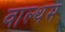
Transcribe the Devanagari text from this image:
वाल्थम